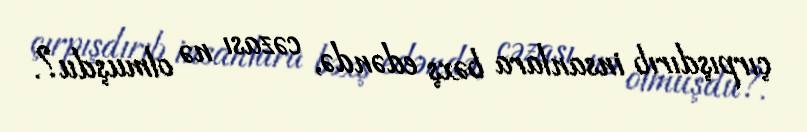
çırpışdırıb insanlara bəxş edəndə, cəzası nə olmuşdu?.